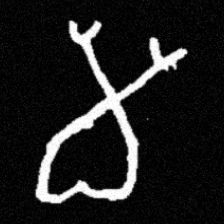
Pyu character \u2014 Myanmar letter: မ (romanized: ma)